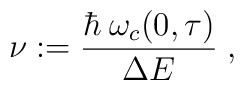
\nu:=\frac{\hbar\:\omega_c(0,\tau)}{\Delta E}\;,